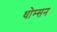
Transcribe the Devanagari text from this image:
थोम्सन